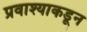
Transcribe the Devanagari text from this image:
प्रवाश्याकडून